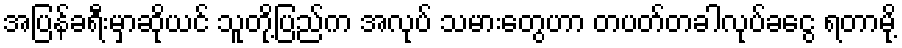
အပြန်ခရီးမှာဆိုယင် သူတို့ပြည်က အလုပ် သမားတွေဟာ တပတ်တခါလုပ်ခငွေ ရတာမို့